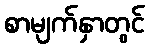
စာမျက်နှာတွင်